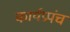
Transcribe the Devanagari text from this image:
कार्यप्रपंच